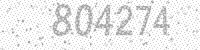
Solution: 804274